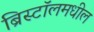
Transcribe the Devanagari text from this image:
ब्रिस्टॉलमधील